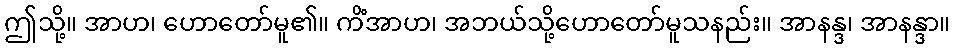
ဤသို့။ အာဟ၊ ဟောတော်မူ၏။ ကိံအာဟ၊ အဘယ်သို့ဟောတော်မူသနည်း။ အာနန္ဒ၊ အာနန္ဒာ။